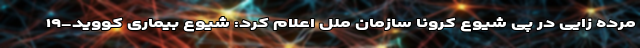
مرده زایی در پی شیوع کرونا سازمان ملل اعلام کرد: شیوع بیماری کووید-۱۹